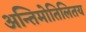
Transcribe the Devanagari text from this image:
अन्तिमोतिलितय